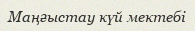
Маңғыстау күй мектебі